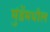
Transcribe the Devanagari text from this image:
मुंडेंमधील